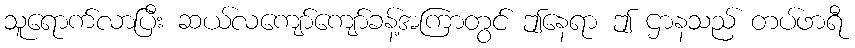
သူရောက်လာပြီး ဆယ်လကျော်ကျော်ခန့်အကြာတွင် ဤနေရာ ဤ ဌာနသည် တပ်ဖာရီ